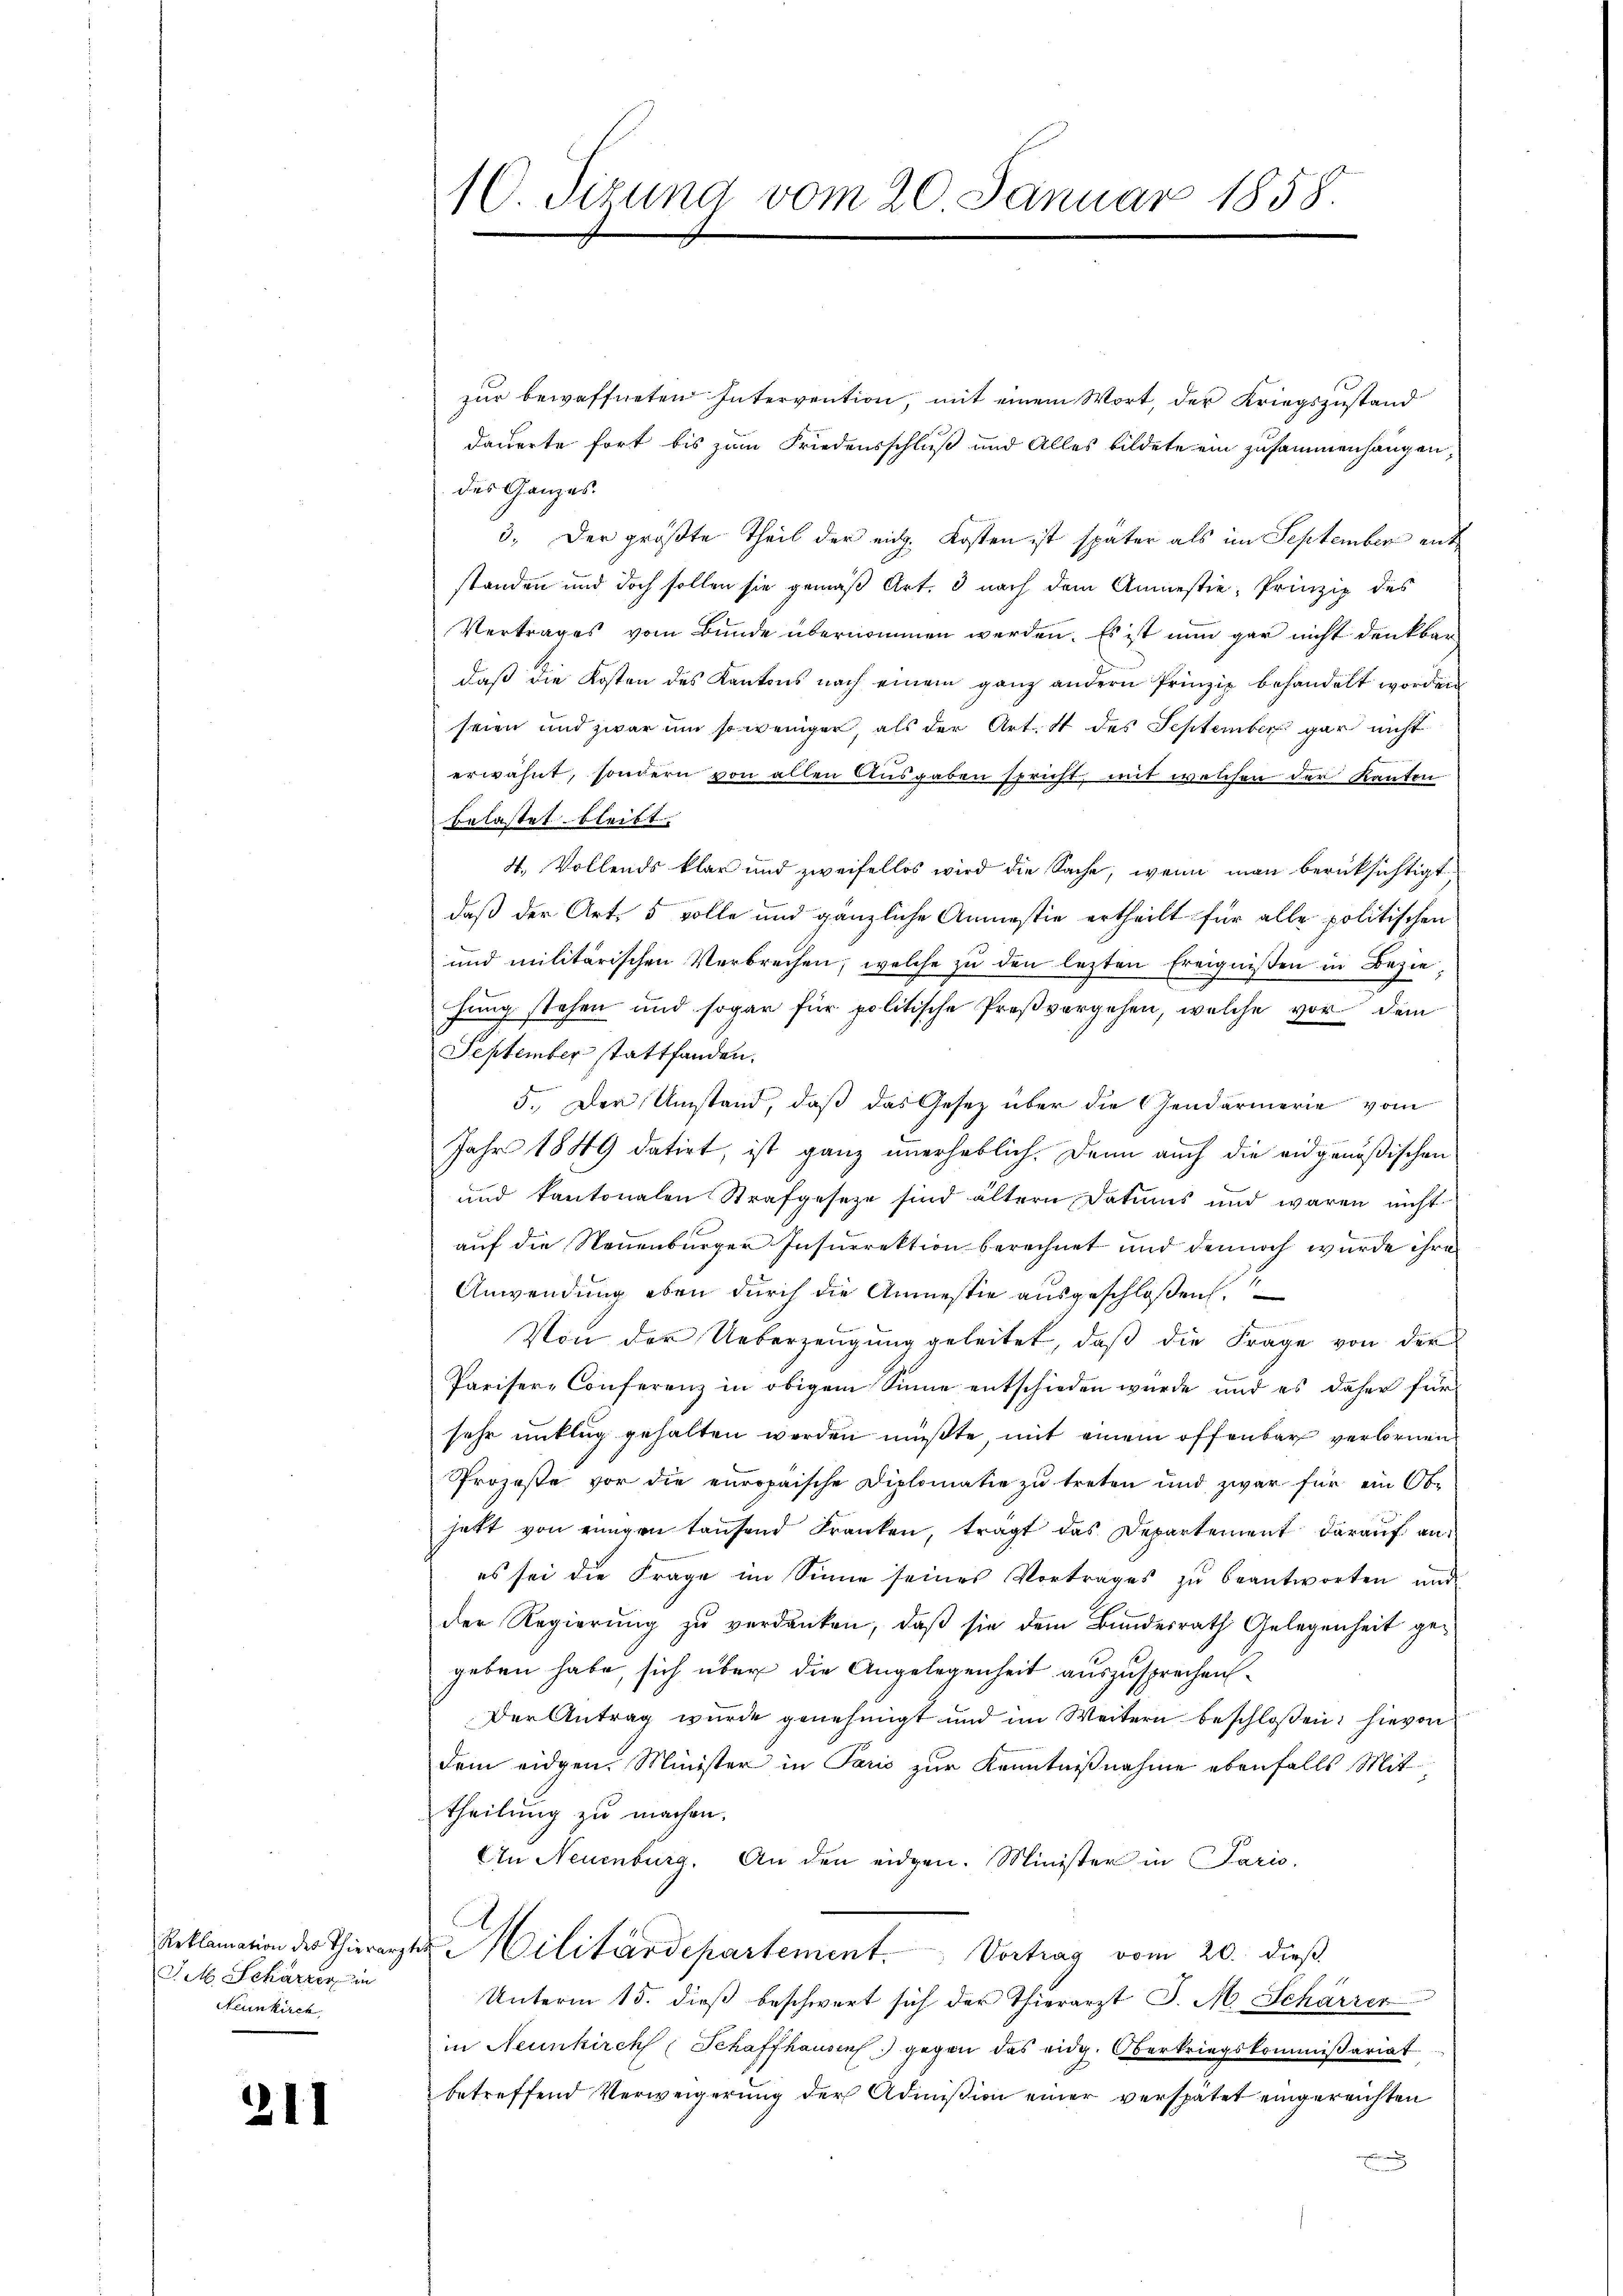
Reklamation des Thierarzte
Act Schärrer in
Neunkirch,

211

10. Sizung vom 20. Januar 1858.

zur bewaffneten Intervention, mit einem Wort, der Kriegszustand
dauerte fort bis zum Friedensschluß und Alles bildete ein zusammenhangen,
des Ganzes.
3. Der größte Theil der eidg. Kosten ist später als im September entstanden und doch sollen sie gemäß Art. 3 nach dem Anmestie, Prinzip des
Vertrages vom Bunde übernommen werden. Es ist nun gar nicht denkbar
daß die Kosten des Kantons nach einem ganz andern Prinzip behandelt worden
seien und zwar um so weniger, als der Art. 4 des September gar nicht
erwähnt, sondern von allen Ausgaben spricht, mit welchen der Kanton
belastet bleibt.
4. Vollends klar und zweifellos wird die Sache, wenn man berücksichtigt,
daß der Art. 5 volle und gänzliche Anmestie ertheilt für alle politischen
und militärischen Verbrechen, welche zu den lezten Ereignißen in Bezie
fung stehen und sogar für politische Preßvergehen, welche vor dem
September stattfanden.
5. Der Umstand, daß das Gesetz über die Gendarmerie vom
Jahr 1849 datirt, ist ganz unerheblich. Denn auch die eidgenößischen
und kantonalen Strafgesetze sind ältern Datums und waren nicht
auf die Neuenburger Insurrektion berechnet und dennoch wurde ihre
Anwendung eben durch die Anmessie ausgeschloßen.
Von der Ueberzeugung geleitet, daβ die Frage von der
Pariser-Conferenz in obigem Sinne entschieden wurde und es daher für
sehr unklug gehalten werden müßte, mit einem offenbar verlornen
Prozesse vor die europaische Diplomatie zu treten und zwar für ein Ob-
hatt von einigen tausend Franken, tragt das Departement darauf anes sei die Frage im Sinne seines Vortrages zu beantworten und
der Regierung zu verdanken, daß sie dem Bundesrath Gelegenheit gegeben habe, sich über die Angelegenheit auszusprechen
Der Antrag wurde genehmigt und im Weitern beschloßen: hievon
dem eidgen. Minister in Paris zur Kenntnißnahme ebenfalls Mittheilung zu machen.
An Neuenburg. An den eidgen. Minister in Paris.
u. Militärdepartement. Vortrag vom 20. dieß
Unterm 15. dieß beschwert sich der Thierarzt J. M. Schärrer
in Neunkirchs Schaffhausen gegen das eidg. Oberkriegskommißariat
betreffend Verweigerung der Admißion einer verspätet eingereichten
E